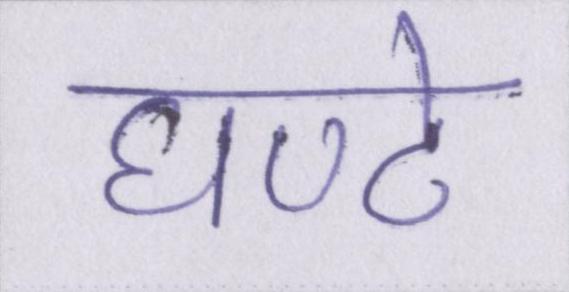
घण्टे